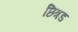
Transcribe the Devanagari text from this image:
छित्रड